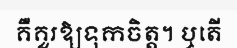
គឺគួរឱ្យទុកចិត្ត។ ឬតើ